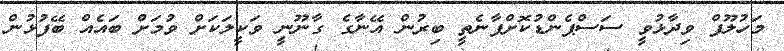
މަހުލޫފް ވިދާޅުވީ ސަސްޕެންޑުކޮށްފާނެތީ ބިރުން އޭނާގެ ގާނޫނީ ވަކީލަކަށް ވުމަށް ބައެއް ބޭފުޅުން